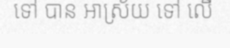
ទៅ បាន អាស្រ័យ ទៅ លើ